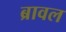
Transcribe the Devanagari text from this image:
ब्रावल